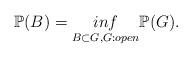
LaTeX: \begin{align*} \mathbb P (B)=\underset {B\subset G,G:open} {inf}\mathbb P (G). \end{align*}